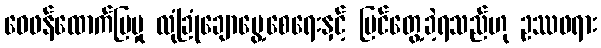
ဝေဖန်ထောက်ပြမှု လုံခြုံချောမွေ့စေရေးနှင့် မြင်တွေ့ခဲ့ရသည်ဟု ဥဿဖရား